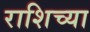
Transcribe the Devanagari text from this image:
राशिच्या